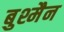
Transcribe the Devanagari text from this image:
बुश्मैन